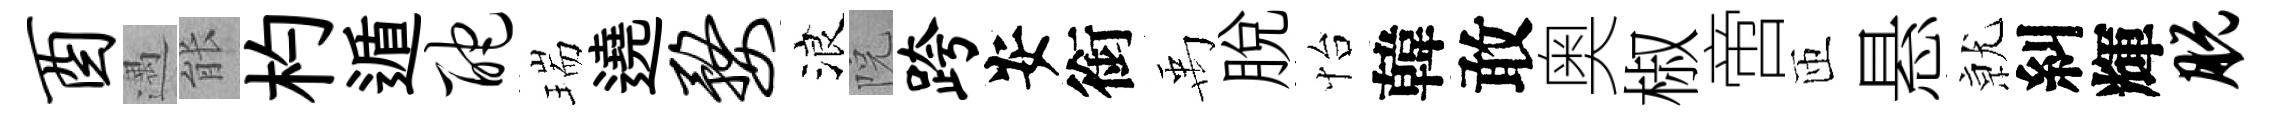
酉遇䏻杓遁酡瑞遶婺浪院跨安銜禹脱怡韓敢奥椒啻匝悬𭕒糾輝脱